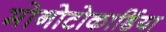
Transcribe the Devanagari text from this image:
मोनोटोकार्डिया